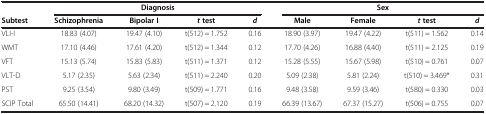
<table><thead><tr><td><b> </b></td><td colspan="4"><b>Diagnosis</b></td><td colspan="4"><b>Sex</b></td></tr><tr><td><b>Subtest</b></td><td><b>Schizophrenia</b></td><td><b>Bipolar I</b></td><td><b><i>t </i>test</b></td><td><b><i>d</i></b></td><td><b>Male</b></td><td><b>Female</b></td><td><b><i>t </i>test</b></td><td><b><i>d</i></b></td></tr></thead><tbody><tr><td>VLI-I</td><td>18.83 (4.07)</td><td>19.47 (4.10)</td><td>t(512) = 1.752</td><td>0.16</td><td>18.90 (3.97)</td><td>19.47 (4.22)</td><td>t(511) = 1.562</td><td>0.14</td></tr><tr><td>WMT</td><td>17.10 (4.46)</td><td>17.61 (4.20)</td><td>t(512) = 1.344</td><td>0.12</td><td>17.70 (4.26)</td><td>16.88 (4.40)</td><td>t(511) = 2.125</td><td>0.19</td></tr><tr><td>VFT</td><td>15.13 (5.74)</td><td>15.83 (5.83)</td><td>t(511) = 1.371</td><td>0.12</td><td>15.28 (5.55)</td><td>15.67 (5.98)</td><td>t(510) = 0.761</td><td>0.07</td></tr><tr><td>VLT-D</td><td>5.17 (2.35)</td><td>5.63 (2.34)</td><td>t(511) = 2.240</td><td>0.20</td><td>5.09 (2.38)</td><td>5.81 (2.24)</td><td>t(510) = 3.469*</td><td>0.31</td></tr><tr><td>PST</td><td>9.25 (3.54)</td><td>9.80 (3.49)</td><td>t(509) = 1.771</td><td>0.16</td><td>9.48 (3.58)</td><td>9.59 (3.46)</td><td>t(580) = 0.330</td><td>0.03</td></tr><tr><td>SCIP Total</td><td>65.50 (14.41)</td><td>68.20 (14.32)</td><td>t(507) = 2.120</td><td>0.19</td><td>66.39 (13.67)</td><td>67.37 (15.27)</td><td>t(506) = 0.755</td><td>0.07</td></tr></tbody></table>